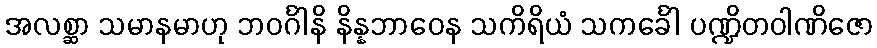
အလစ္ဆာ သမာနမာဟု ဘဝင်္ဂါနိ နိန္နဘာဝေန သကိရိယံ သကင်္ခေါ ပဏ္ဍိတဝါဏိဇော